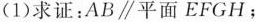
(1)求证：AB//平面EFGH；